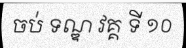
ចប់ ទណ្ឌ វគ្គ ទី ១០